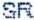
SR